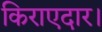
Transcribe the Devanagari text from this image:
किराएदार।